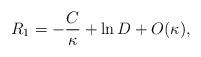
LaTeX: \begin{align*}R_1= -{C\over \kappa} + \ln D + O(\kappa),\end{align*}